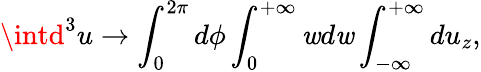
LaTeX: \intd^{3}u\rightarrow\int_{0}^{2\pi}d\phi\int_{0}^{+\infty}\mathit{w}d\mathit{w}\int_{-\infty}^{+\infty}du_{z},